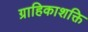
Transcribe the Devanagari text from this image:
ग्राहिकाशक्ति